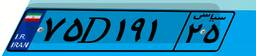
۱۱D۷۰۹۵۹